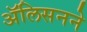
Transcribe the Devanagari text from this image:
ॲलिसनने